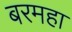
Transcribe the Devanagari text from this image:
बरमहा